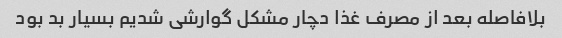
بلافاصله بعد از مصرف غذا دچار مشکل گوارشی شدیم بسیار بد بود